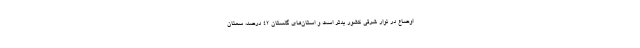
اوضاع در نوار شرقی کشور بدتر است و استان‌های گلستان ۴۲ درصد، سمنان